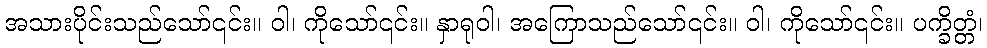
အသားပိုင်းသည်သော်၎င်း။ ဝါ၊ ကိုသော်၎င်း။ နှာရုဝါ၊ အကြောသည်သော်၎င်း။ ဝါ၊ ကိုသော်၎င်း။ ပက္ခိတ္တံ၊